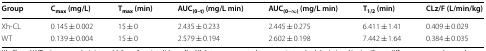
<table><thead><tr><td><b>Group</b></td><td><b>C<sub>max</sub> (mg/L)</b></td><td><b>T<sub>max</sub> (min)</b></td><td><b>AUC<sub>(0–t)</sub> (mg/L min)</b></td><td><b>AUC<sub>(0–∞)</sub> (mg/L min)</b></td><td><b>T<sub>1/2</sub> (min)</b></td><td><b>CLz/F (L/min/kg)</b></td></tr></thead><tbody><tr><td>Xh-CL</td><td>0.145 ± 0.002</td><td>15 ± 0</td><td>2.435 ± 0.233</td><td>2.445 ± 0.275</td><td>6.411 ± 1.41</td><td>0.409 ± 0.029</td></tr><tr><td>WT</td><td>0.139 ± 0.004</td><td>15 ± 0</td><td>2.579 ± 0.194</td><td>2.602 ± 0.198</td><td>7.442 ± 1.64</td><td>0.384 ± 0.035</td></tr></tbody></table>